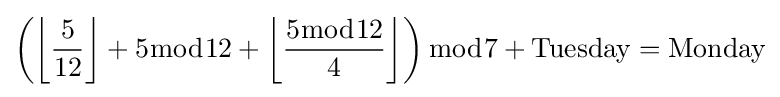
\left({\left\lfloor {\frac {5}{12}}\right\rfloor +5{\bmod {1}}2+\left\lfloor {\frac {5{\bmod {1}}2}{4}}\right\rfloor }\right){\bmod {7}}+{\rm {{Tuesday}={\rm {Monday}}}}